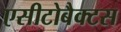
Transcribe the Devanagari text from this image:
एसीटोबैक्टस